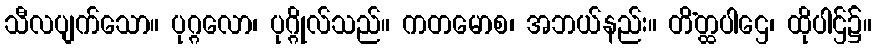
သီလပျက်သော။ ပုဂ္ဂလော၊ ပုဂ္ဂိုလ်သည်။ ကတမောစ၊ အဘယ်နည်း။ တိံတ္ထပါဌေ၊ ထိုပါဌ်၌။